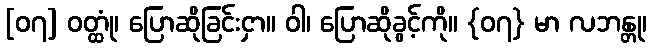
[၀၇] ဝတ္ထုံ၊ ပြောဆိုခြင်းငှာ။ ဝါ၊ ပြောဆိုခွင့်ကို။ {၀၇} မာ လဘန္တု၊